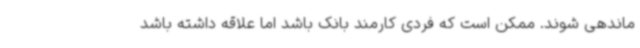
ماندهی شوند. ممکن است که فردی کارمند بانک باشد اما علاقه داشته باشد